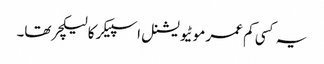
یہ کسی کم عمر موٹیویشنل اسپیکر کا لیکچر تھا۔